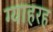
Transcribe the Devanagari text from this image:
ग्याहरह